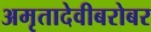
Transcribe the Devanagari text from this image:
अमृतादेवीबरोबर